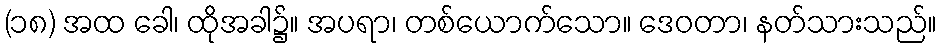
(၁၈) အထ ခေါ၊ ထိုအခါ၌။ အပရာ၊ တစ်ယောက်သော။ ဒေဝတာ၊ နတ်သားသည်။